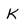
Character: K